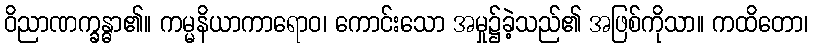
ဝိညာဏက္ခန္ဓာ၏။ ကမ္မနိယာကာရောဝ၊ ကောင်းသော အမှု၌ခဲ့သည်၏ အဖြစ်ကိုသာ။ ကထိတော၊